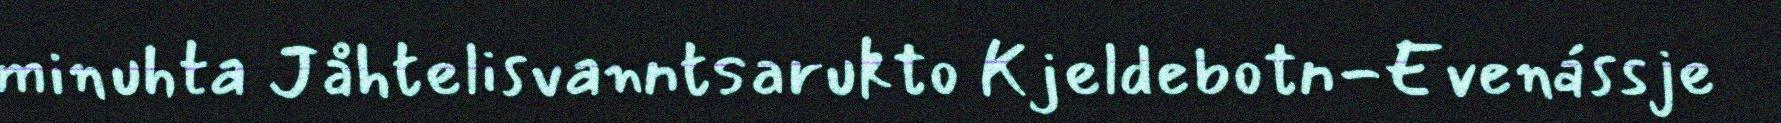
minuhta Jåhtelisvanntsarukto Kjeldebotn-Evenássje